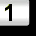
Digit: 1